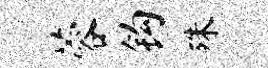
蓉钩殊